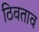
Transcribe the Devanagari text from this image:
ठिवताव